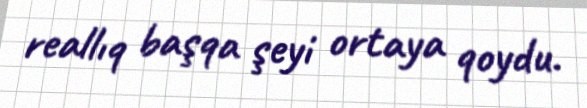
reallıq başqa şeyi ortaya qoydu.